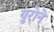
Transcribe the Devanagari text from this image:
युरोने